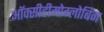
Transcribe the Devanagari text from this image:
ऑक्सीहीमोग्लोबिन